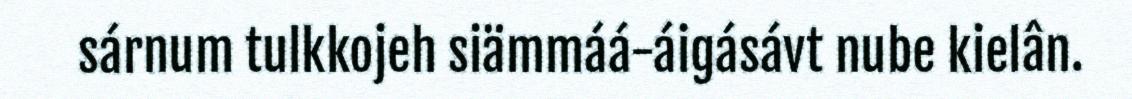
sárnum tulkkojeh siämmáá-áigásávt nube kielân.